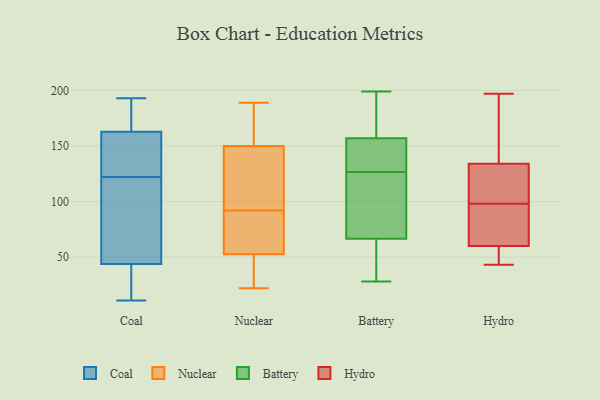
{"axis": {"x": "Revenue (USD Million)", "y": "Value"}, "legend": ["Battery", "Coal", "Hydro", "Nuclear"], "data": [{"x": "", "y": 152, "type": "Coal"}, {"x": "", "y": 161, "type": "Coal"}, {"x": "", "y": 156, "type": "Coal"}, {"x": "", "y": 168, "type": "Coal"}, {"x": "", "y": 65, "type": "Coal"}, {"x": "", "y": 17, "type": "Coal"}, {"x": "", "y": 37, "type": "Coal"}, {"x": "", "y": 11, "type": "Coal"}, {"x": "", "y": 189, "type": "Coal"}, {"x": "", "y": 158, "type": "Coal"}, {"x": "", "y": 45, "type": "Coal"}, {"x": "", "y": 122, "type": "Coal"}, {"x": "", "y": 177, "type": "Coal"}, {"x": "", "y": 107, "type": "Coal"}, {"x": "", "y": 193, "type": "Coal"}, {"x": "", "y": 76, "type": "Coal"}, {"x": "", "y": 40, "type": "Coal"}, {"x": "", "y": 144, "type": "Nuclear"}, {"x": "", "y": 92, "type": "Nuclear"}, {"x": "", "y": 189, "type": "Nuclear"}, {"x": "", "y": 127, "type": "Nuclear"}, {"x": "", "y": 177, "type": "Nuclear"}, {"x": "", "y": 57, "type": "Nuclear"}, {"x": "", "y": 101, "type": "Nuclear"}, {"x": "", "y": 22, "type": "Nuclear"}, {"x": "", "y": 105, "type": "Nuclear"}, {"x": "", "y": 32, "type": "Nuclear"}, {"x": "", "y": 43, "type": "Nuclear"}, {"x": "", "y": 44, "type": "Nuclear"}, {"x": "", "y": 188, "type": "Nuclear"}, {"x": "", "y": 152, "type": "Nuclear"}, {"x": "", "y": 58, "type": "Nuclear"}, {"x": "", "y": 89, "type": "Nuclear"}, {"x": "", "y": 51, "type": "Nuclear"}, {"x": "", "y": 66, "type": "Nuclear"}, {"x": "", "y": 181, "type": "Nuclear"}, {"x": "", "y": 156, "type": "Battery"}, {"x": "", "y": 139, "type": "Battery"}, {"x": "", "y": 173, "type": "Battery"}, {"x": "", "y": 126, "type": "Battery"}, {"x": "", "y": 53, "type": "Battery"}, {"x": "", "y": 140, "type": "Battery"}, {"x": "", "y": 161, "type": "Battery"}, {"x": "", "y": 33, "type": "Battery"}, {"x": "", "y": 187, "type": "Battery"}, {"x": "", "y": 80, "type": "Battery"}, {"x": "", "y": 42, "type": "Battery"}, {"x": "", "y": 50, "type": "Battery"}, {"x": "", "y": 94, "type": "Battery"}, {"x": "", "y": 127, "type": "Battery"}, {"x": "", "y": 124, "type": "Battery"}, {"x": "", "y": 199, "type": "Battery"}, {"x": "", "y": 158, "type": "Battery"}, {"x": "", "y": 123, "type": "Battery"}, {"x": "", "y": 28, "type": "Battery"}, {"x": "", "y": 132, "type": "Battery"}, {"x": "", "y": 121, "type": "Hydro"}, {"x": "", "y": 117, "type": "Hydro"}, {"x": "", "y": 102, "type": "Hydro"}, {"x": "", "y": 140, "type": "Hydro"}, {"x": "", "y": 62, "type": "Hydro"}, {"x": "", "y": 159, "type": "Hydro"}, {"x": "", "y": 43, "type": "Hydro"}, {"x": "", "y": 121, "type": "Hydro"}, {"x": "", "y": 148, "type": "Hydro"}, {"x": "", "y": 91, "type": "Hydro"}, {"x": "", "y": 58, "type": "Hydro"}, {"x": "", "y": 84, "type": "Hydro"}, {"x": "", "y": 197, "type": "Hydro"}, {"x": "", "y": 43, "type": "Hydro"}, {"x": "", "y": 179, "type": "Hydro"}, {"x": "", "y": 94, "type": "Hydro"}, {"x": "", "y": 46, "type": "Hydro"}, {"x": "", "y": 51, "type": "Hydro"}, {"x": "", "y": 73, "type": "Hydro"}, {"x": "", "y": 128, "type": "Hydro"}]}